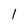
Character: l